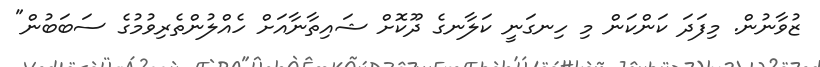
ޒުވާނުން. މިފަދަ ކަންކަން މި ހިނގަނީ ކަލާނގެ ދޫކޮށް ޝައިތާނާއަށް ހެއްލުންތެރިވުމުގެ ސަބަބުން"